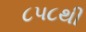
૮૫૮થી